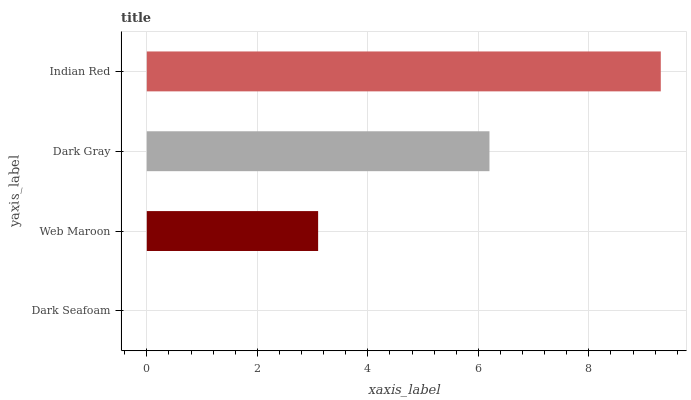
| yaxis_label | bars |
 | --- | --- |
 | Dark Seafoam | 0 |
 | Web Maroon | 3.1 |
 | Dark Gray | 6.2 |
 | Indian Red | 9.3 |